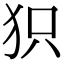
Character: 𤝖